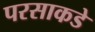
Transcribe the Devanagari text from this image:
परसाकडे